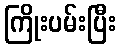
ကြိုးပမ်းပြီး